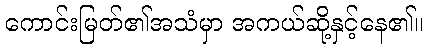
ကောင်းမြတ်၏အသံမှာ အကယ်ဆို့နှင့်နေ၏။